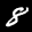
Label: 8